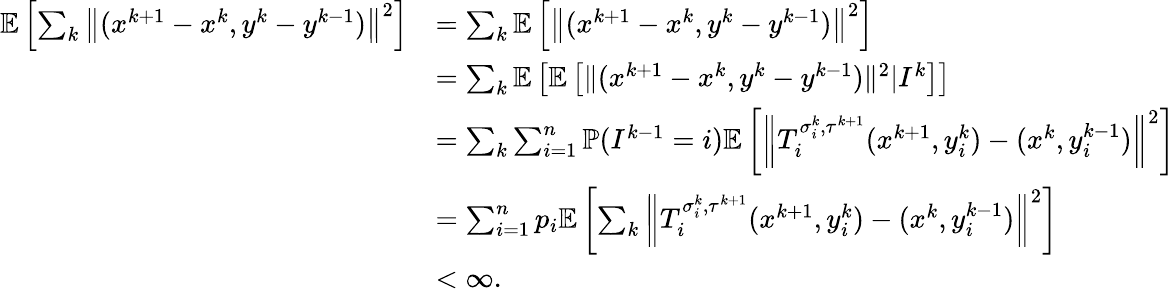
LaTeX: \begin{array}{rl}{\mathbb{E}\left[\sum_{k}\left\| (x^{k+1}-x^{k},y^{k}-y^{k-1})\right\| ^{2}\right]}&{=\sum_{k}\mathbb{E}\left[\left\| (x^{k+1}-x^{k},y^{k}-y^{k-1})\right\| ^{2}\right]}\\ &{=\sum_{k}\mathbb{E}\left[\mathbb{E}\left[\| (x^{k+1}-x^{k},y^{k}-y^{k-1})\| ^{2}|I^{k}\right]\right]}\\ &{=\sum_{k}\sum_{i=1}^{n}\mathbb{P}(I^{k-1}=i)\mathbb{E}\left[\left\| T_{i}^{\sigma_{i}^{k},\tau^{k+1}}(x^{k+1},y_{i}^{k})-(x^{k},y_{i}^{k-1})\right\| ^{2}\right]}\\ &{=\sum_{i=1}^{n}p_{i}\mathbb{E}\left[\sum_{k}\left\| T_{i}^{\sigma_{i}^{k},\tau^{k+1}}(x^{k+1},y_{i}^{k})-(x^{k},y_{i}^{k-1})\right\| ^{2}\right]}\\ &{<\infty.}\end{array}